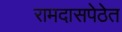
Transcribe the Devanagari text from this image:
रामदासपेठेत